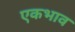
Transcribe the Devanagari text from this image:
एकभाव